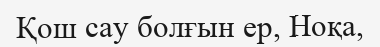
Қош сау болғын ер, Ноқа,